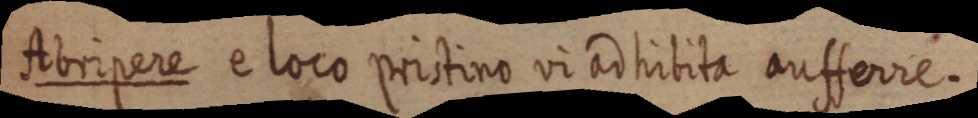
Rbripere eloco priitino vr cinitita autfovre.